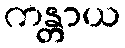
ကန္တာယ